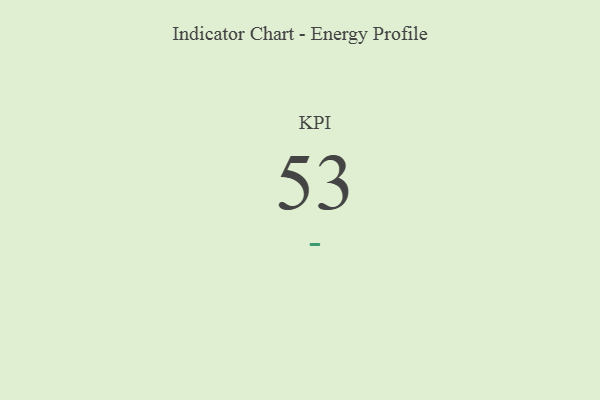
{"axis": {"x": "KPI", "y": "Value"}, "legend": [""], "data": [{"x": "KPI", "y": 53, "type": ""}]}